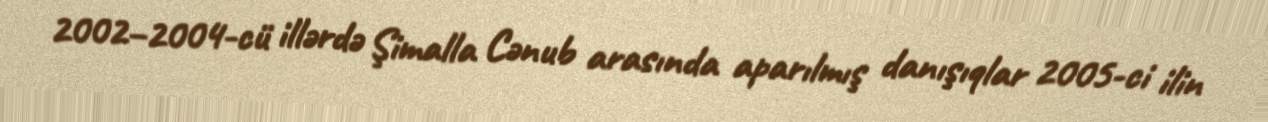
2002–2004-cü illərdə Şimalla Cənub arasında aparılmış danışıqlar 2005-ci ilin